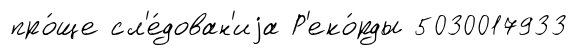
про́ще сл'е́дован'иjа Р'еко́рды 5030017933